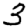
Digit: 3